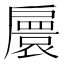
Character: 𢩠